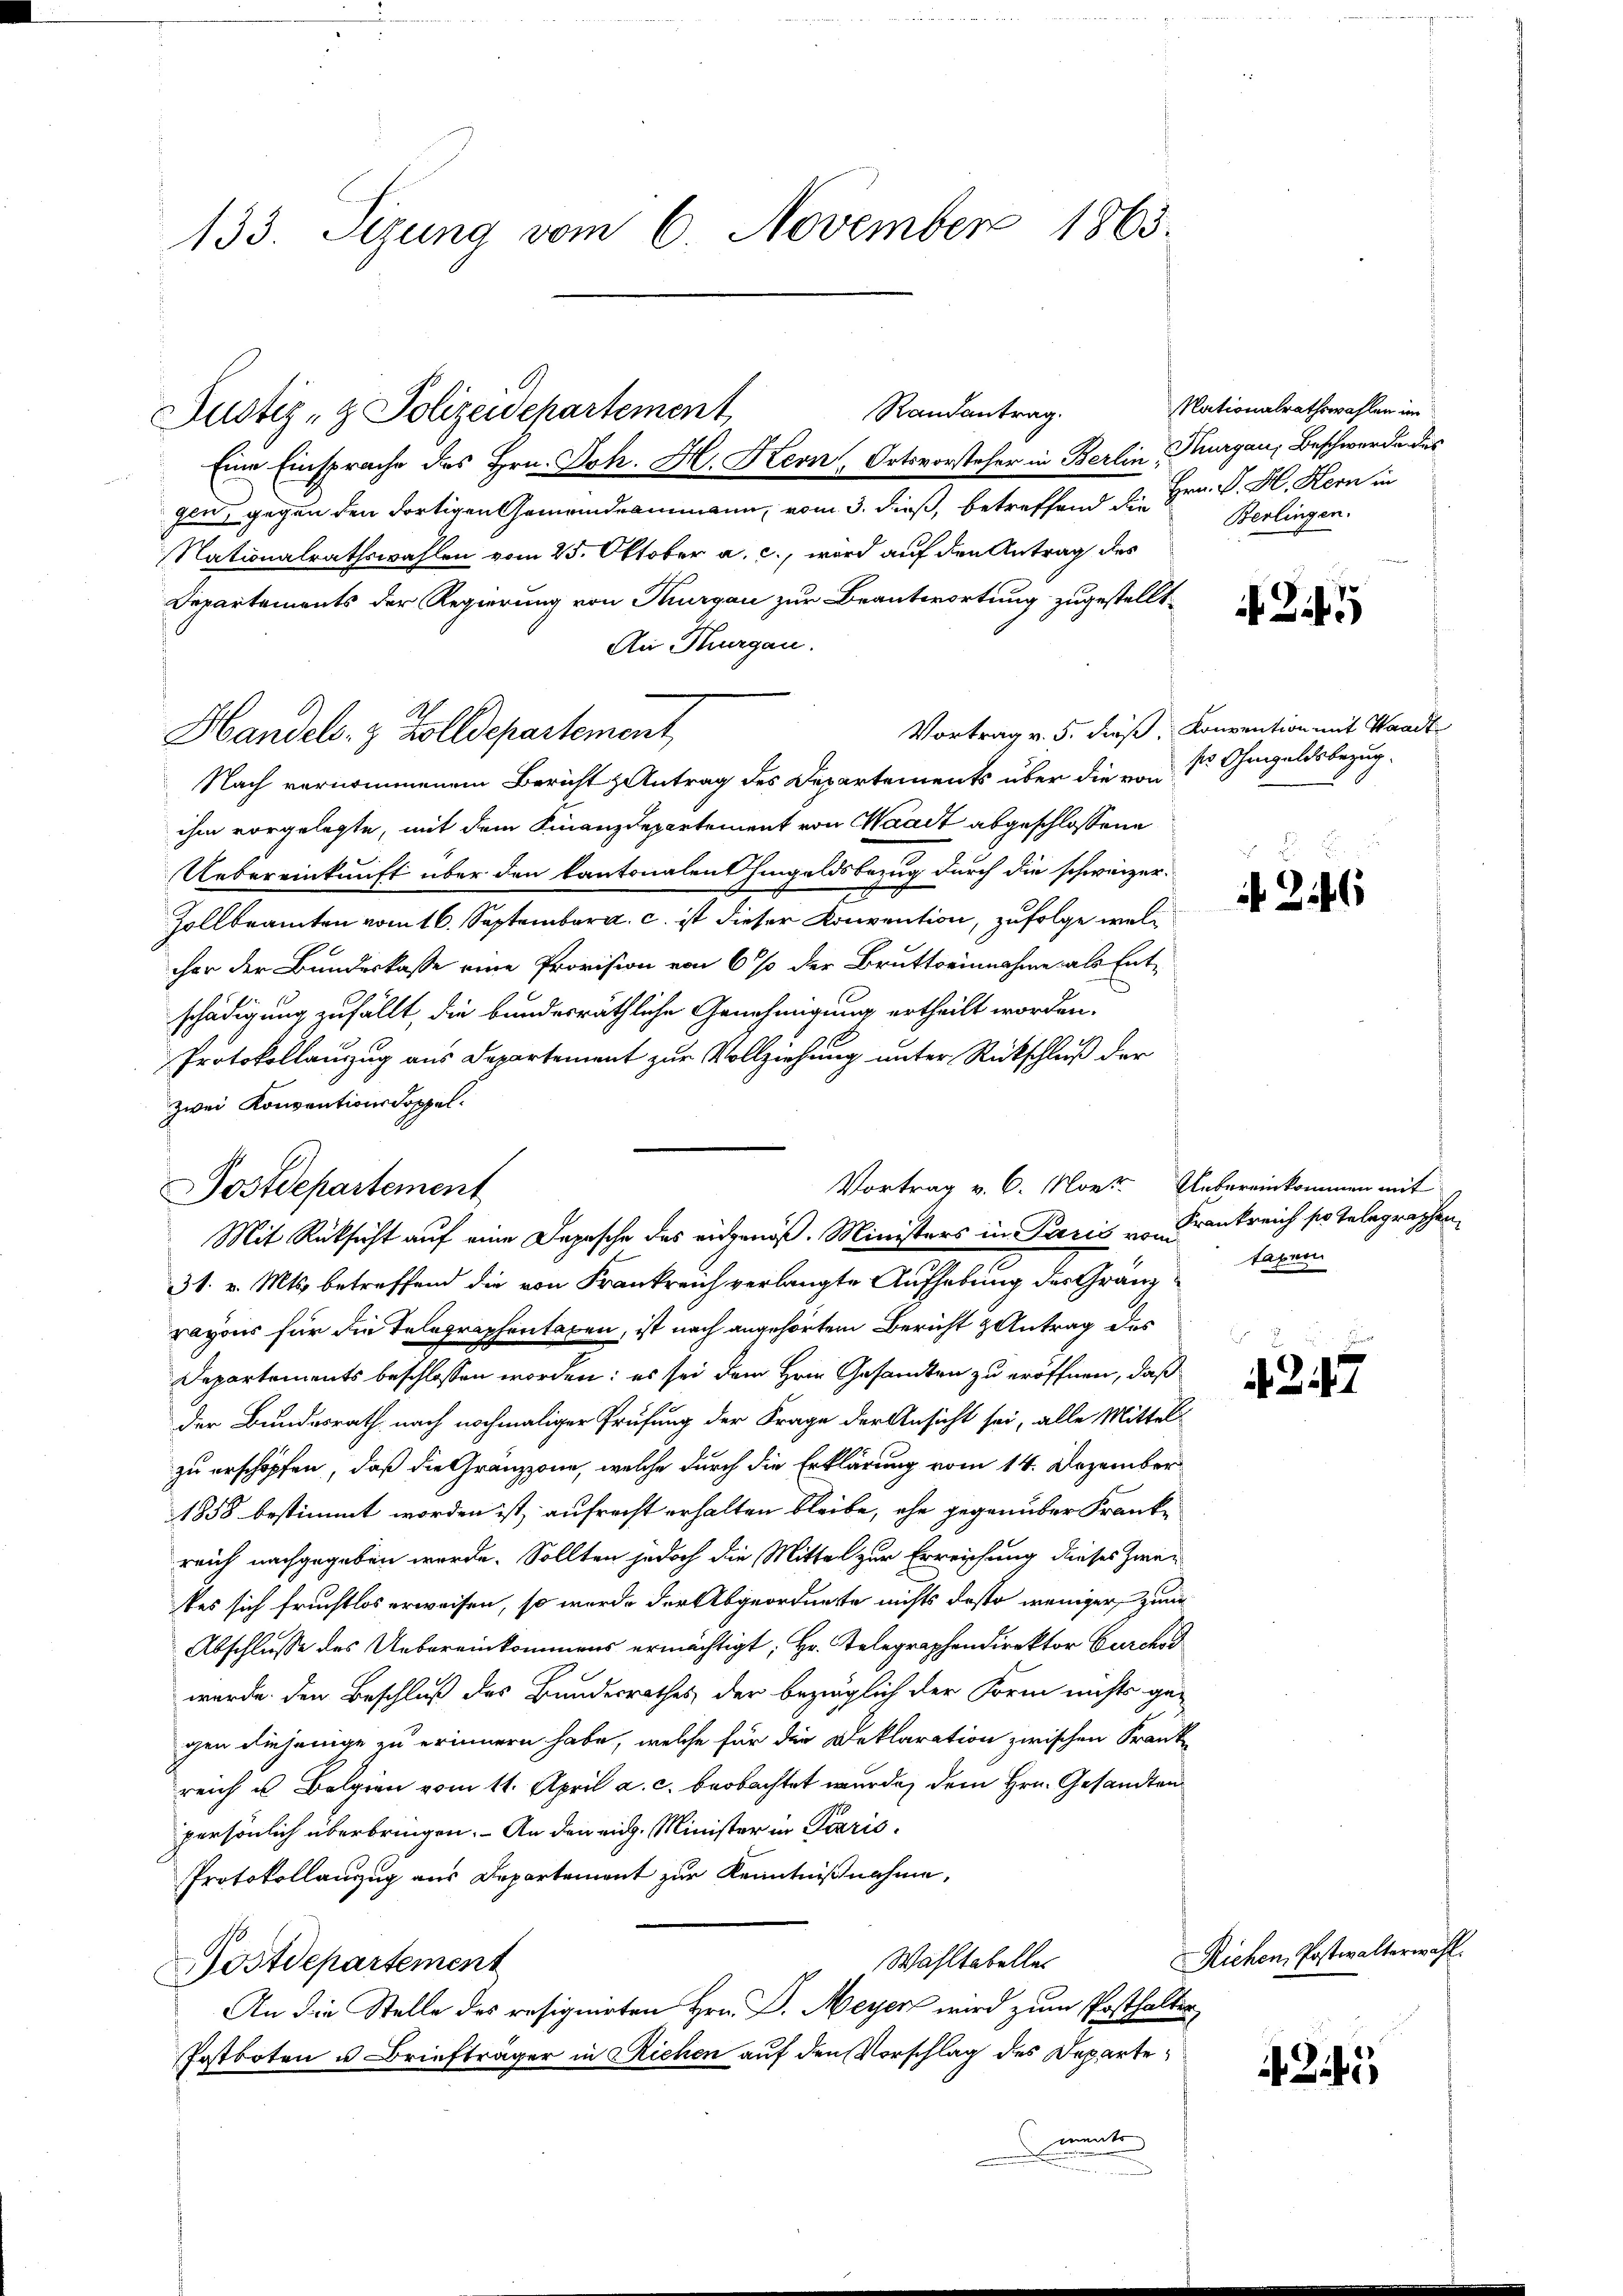
133. Sizung vom 6. November 1863.

Handels- & Zolldepartement

Randantrag.
Justiz- & Polizeidepartement
Eine Einsprache des Hrn. Joh. H. Kern, Ortsvorsteher in Berlin Thurgau, Beschwerde dies

gen, gegen den dortigen Gemeindeammann, vom 3. dieß, betreffend der Hrn. K. H. Kern in
Nationalrathswahlen vom 25. Oktober a. c., wird auf den Antrag des
Departements der Regierung von Thurgau zur Beantwortung zugestellt.
Ain Thurgau.
Nach vernommenem Bericht Antrag des Departements über die von
ihm vorgelegte, mit dem Finanzdepartement von Waadt abgeschlossene
Uebereinkunft über den kantonalent hingeldsbezug durch die schweizer-
Zollbeamten vom 16. September a. c. ist dieser Konvention, zufolge welcher der Bundeskasse eine Provision von 6 % der Bruttoeinnahme als Entschädigung zufällt, die bundesräthliche Genehmigung ertheilt worden.
Protokollanzug aus Departement zur Vollziehung unter Rückschluß der
zwei Konventionsdoppel¬
31. v. Mts. betreffend die von Frankreich verlangte Aufhebung des Gränz
rayons für die Telegraphentaxen, ist nach angehörten Bericht Antrag des
Departements beschlossen worden: es sei dem Hrn. Gesandten zu eröffnen, daß
der Bundesrath nach nochmaliger Prüfung der Frage der Ansicht sei, alle Mittel-
zu erschöpfen, daß die Gränzzone, welche durch die Erklärung vom 14. Dezember
1858 bestimmt worden ist, aufrecht erhalten bleibe, ehe gegenüber Franke
reich nachgegeben werde. Sollten jedoch die Mittel zur Erreichung dieses Zwei
kes sich fruchtlos erweisen, so werde der Abgeordnete nichts desto weniger zum
Abschlusse des Uebereinkommens ermächtigt; Hr. Telegraphendirektor Curch
wurde. Den Beschluß des Bundesrathes der bezüglich der Form nichts ge-
gen diejenige zu erinnern habe, welche für die Deklaration zwischen Krank-
reich u. Belgien vom 11. April a. c. beobachtet wurde, dem Hrn. Gesandten
persönlich überbringen. An den eidg. Minister in Paris¬
Protokollanzug aus Departement zur Kenntnißnahme,
Wahltabeller
Postdepartement
An die Stelle des resignirten Hrn. D. Meyer wird zum Posthalter
Postboten u Briefträger in Richen auf den Vorschlag des Departements
n

Vortrag v. 6. Mort. Uebereinkommen mit
Postdepartement
Mit Rücksicht auf eine Depesche des eidgenöß. Ministers in Paris von Krankreich so telegraphen,

Nationalrathswahlen im
Berlingen.

Vortrag v. 5. dieß, Konvention mit Waadt
sr Ohmgeldsbezug.

N 246

taxen

347

24

Richen, Postwalterwahl.